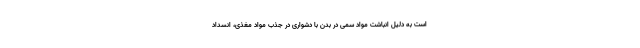
است به دلیل انباشت مواد سمی در بدن با دشواری در جذب مواد مغذی، انسداد